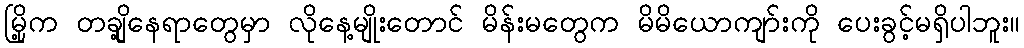
မြို့က တချို့နေရာတွေမှာ လိုနေ့မျိုးတောင် မိန်းမတွေက မိမိယောကျာ်းကို ပေးခွင့်မရှိပါဘူး။